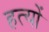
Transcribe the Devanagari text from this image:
हत्यों